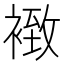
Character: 𧛢